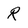
Character: R